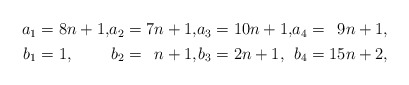
\begin{align*}\begin{alignedat}{4}a_1&=8n+1, &a_2&=7n+1, &a_3&=10n+1, &a_4&=\phantom09n+1,\\b_1&=1, &b_2&=\phantom1n+1, &b_3&=2n+1, &b_4&=15n+2,\end{alignedat}\end{align*}